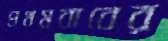
প্রথমবাবের